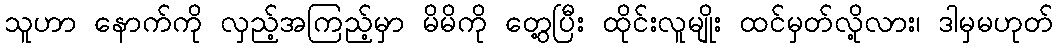
သူဟာ နောက်ကို လှည့်အကြည့်မှာ မိမိကို တွေ့ပြီး ထိုင်းလူမျိုး ထင်မှတ်လို့လား၊ ဒါမှမဟုတ်